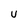
Character: U